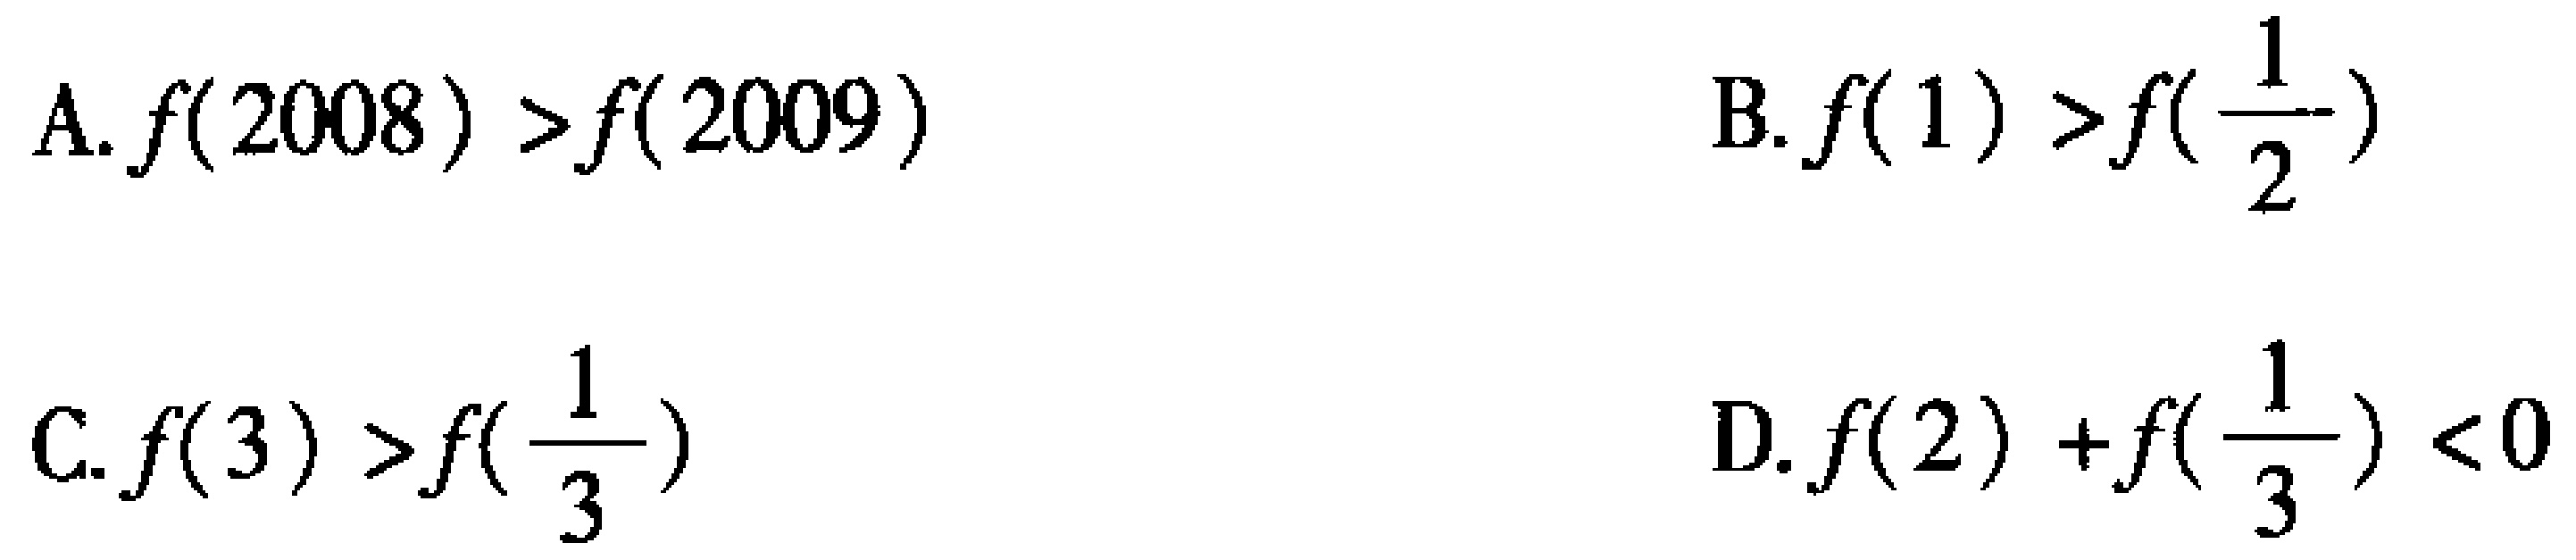
A. \(f(2008)>f(2009)\)  B. \(f(1)>f(\frac{1}{2})\)

C. \(f(3)>f(\frac{1}{3})\)  D. \(f(2)+f(\frac{1}{3})<0\)